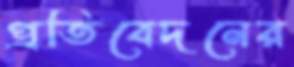
প্রতিবেদনের